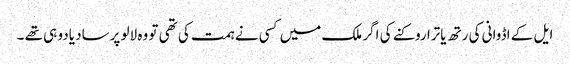
ایل کے اڈوانی کی رتھ یاترا روکنے کی اگر ملک میں کسی نے ہمت کی تھی تو وہ لالو پرساد یادو ہی تھے ۔